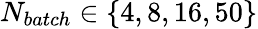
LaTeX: N_{batch}\in\{ 4,8,16,50\}